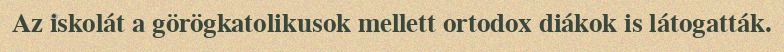
Az iskolát a görögkatolikusok mellett ortodox diákok is látogatták.